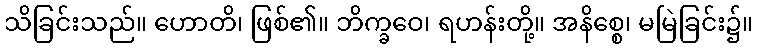
သိခြင်းသည်။ ဟောတိ၊ ဖြစ်၏။ ဘိက္ခဝေ၊ ရဟန်းတို့။ အနိစ္စေ၊ မမြဲခြင်း၌။